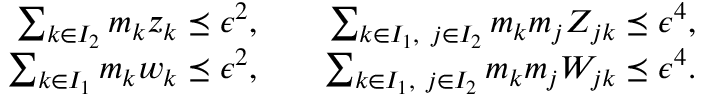
\begin{array} { r l r } { \sum _ { k \in I _ { 2 } } m _ { k } z _ { k } \preceq \epsilon ^ { 2 } , } & { } & { \sum _ { k \in I _ { 1 } , \ j \in I _ { 2 } } m _ { k } m _ { j } Z _ { j k } \preceq \epsilon ^ { 4 } , } \\ { \sum _ { k \in I _ { 1 } } m _ { k } w _ { k } \preceq \epsilon ^ { 2 } , } & { } & { \sum _ { k \in I _ { 1 } , \ j \in I _ { 2 } } m _ { k } m _ { j } W _ { j k } \preceq \epsilon ^ { 4 } . } \end{array}